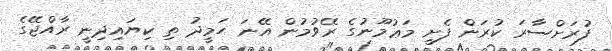
ފުރަށްސާރަ ކުރަން ފެށީ މަޢުމޫނުގެ ރޭވުމުން އޭނަ ހަމީދު ތި ކިޔައިދިނީ ރާއްޖޭގެ